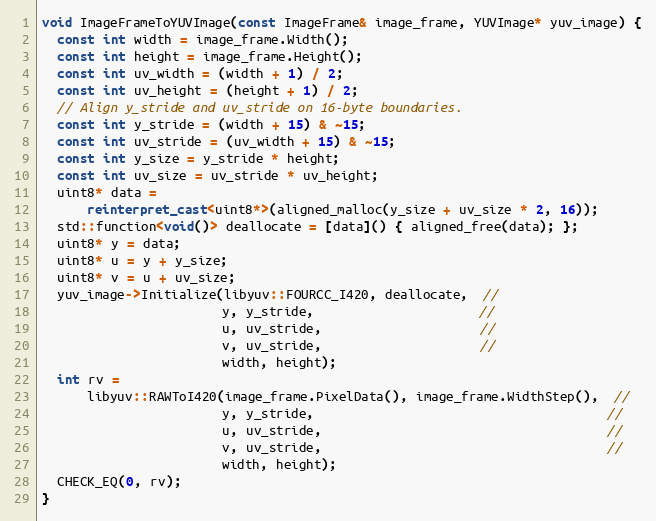
Language: C++
void ImageFrameToYUVImage(const ImageFrame& image_frame, YUVImage* yuv_image) {
  const int width = image_frame.Width();
  const int height = image_frame.Height();
  const int uv_width = (width + 1) / 2;
  const int uv_height = (height + 1) / 2;
  // Align y_stride and uv_stride on 16-byte boundaries.
  const int y_stride = (width + 15) & ~15;
  const int uv_stride = (uv_width + 15) & ~15;
  const int y_size = y_stride * height;
  const int uv_size = uv_stride * uv_height;
  uint8* data =
      reinterpret_cast<uint8*>(aligned_malloc(y_size + uv_size * 2, 16));
  std::function<void()> deallocate = [data]() { aligned_free(data); };
  uint8* y = data;
  uint8* u = y + y_size;
  uint8* v = u + uv_size;
  yuv_image->Initialize(libyuv::FOURCC_I420, deallocate,  //
                        y, y_stride,                      //
                        u, uv_stride,                     //
                        v, uv_stride,                     //
                        width, height);
  int rv =
      libyuv::RAWToI420(image_frame.PixelData(), image_frame.WidthStep(),  //
                        y, y_stride,                                       //
                        u, uv_stride,                                      //
                        v, uv_stride,                                      //
                        width, height);
  CHECK_EQ(0, rv);
}